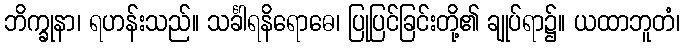
ဘိက္ခုနာ၊ ရဟန်းသည်။ သင်္ခါရနိရောဓေ၊ ပြုပြင်ခြင်းတို့၏ ချုပ်ရာ၌။ ယထာဘူတံ၊